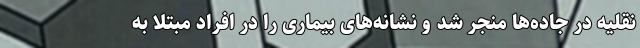
نقلیه در جاده‌ها منجر شد و نشانه‌های بیماری را در افراد مبتلا به